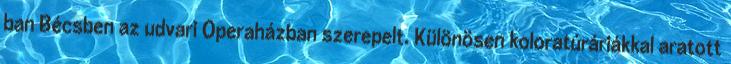
ban Bécsben az udvari Operaházban szerepelt. Különösen koloratúráriákkal aratott